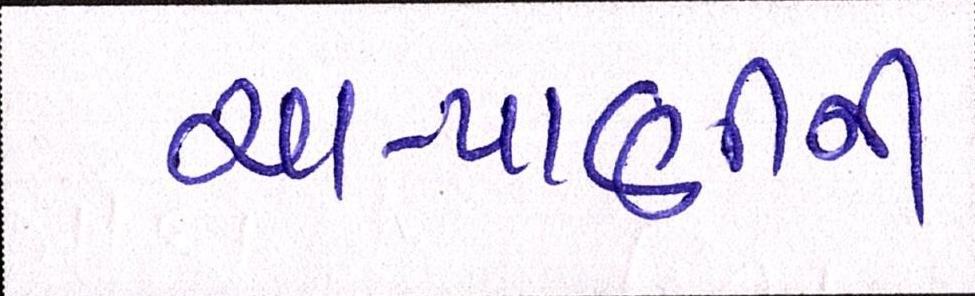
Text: ચા-પાણીની